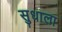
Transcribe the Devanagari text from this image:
सुधाला